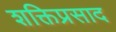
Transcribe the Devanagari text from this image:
शक्तिप्रसाद